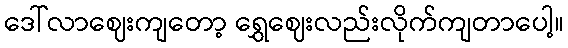
ဒေါ်လာဈေးကျတော့ ရွှေဈေးလည်းလိုက်ကျတာပေါ့။